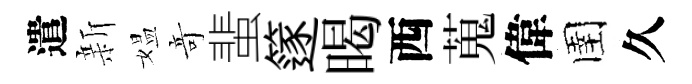
遣新媪竒蜚篴暍西蒐偉圉久